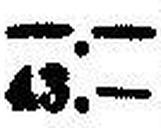
43.—